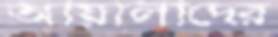
আয়ালাদের